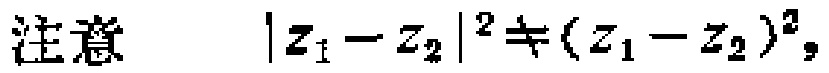
注意 \(\vert z_{1}-z_{2}\vert^{2}\neq(z_{1}-z_{2})^{2}\)